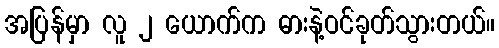
အပြန်မှာ လူ ၂ ယောက်က ဓားနဲ့ဝင်ခုတ်သွားတယ်။